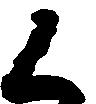
く